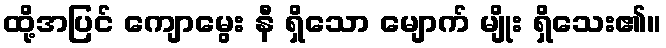
ထို့အပြင် ကျောမွေး နီ ရှိသော မျောက် မျိုး ရှိသေး၏။